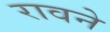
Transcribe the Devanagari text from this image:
रावने